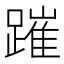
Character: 𨄍